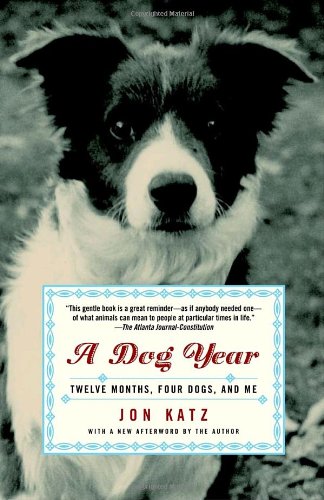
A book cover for A Dog Year: Twelve Months, Four Dogs, and Me; Jon Katz; Crafts, Hobbies & Home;